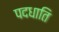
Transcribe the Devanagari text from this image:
पदधाति